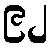
၉၂